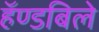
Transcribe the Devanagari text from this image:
हॅण्डबिले